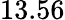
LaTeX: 13.56